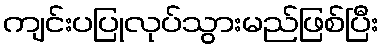
ကျင်းပပြုလုပ်သွားမည်ဖြစ်ပြီး